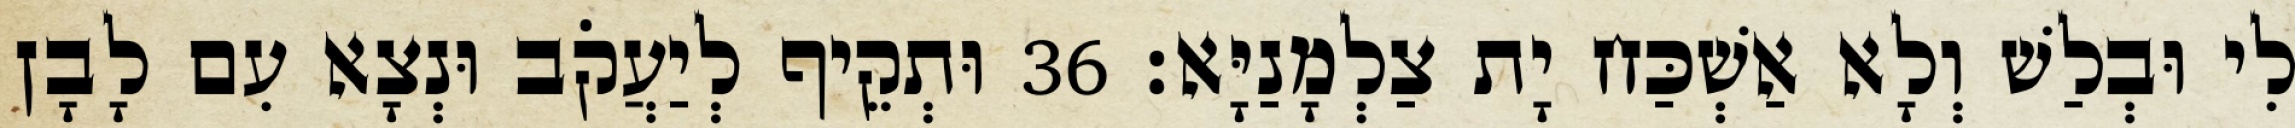
לִי וּבְלַשׁ וְלָא אַשְׁכַּח יָת צַלְמָנַיָּא׃ 36 וּתְקֵיף לְיַעֲקֹב וּנְצָא עִם לָבָן